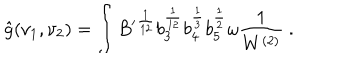
\hat { g } ( \nu _ { 1 } , \nu _ { 2 } ) = \int { B ^ { \prime } } ^ { \frac { 1 } { 1 2 } } b _ { 3 } ^ { \frac { 1 } { 1 2 } } b _ { 4 } ^ { \frac { 1 } { 3 } } b _ { 5 } ^ { \frac { 1 } { 2 } } \omega \frac { 1 } { W ^ { ( 2 ) } } \ .